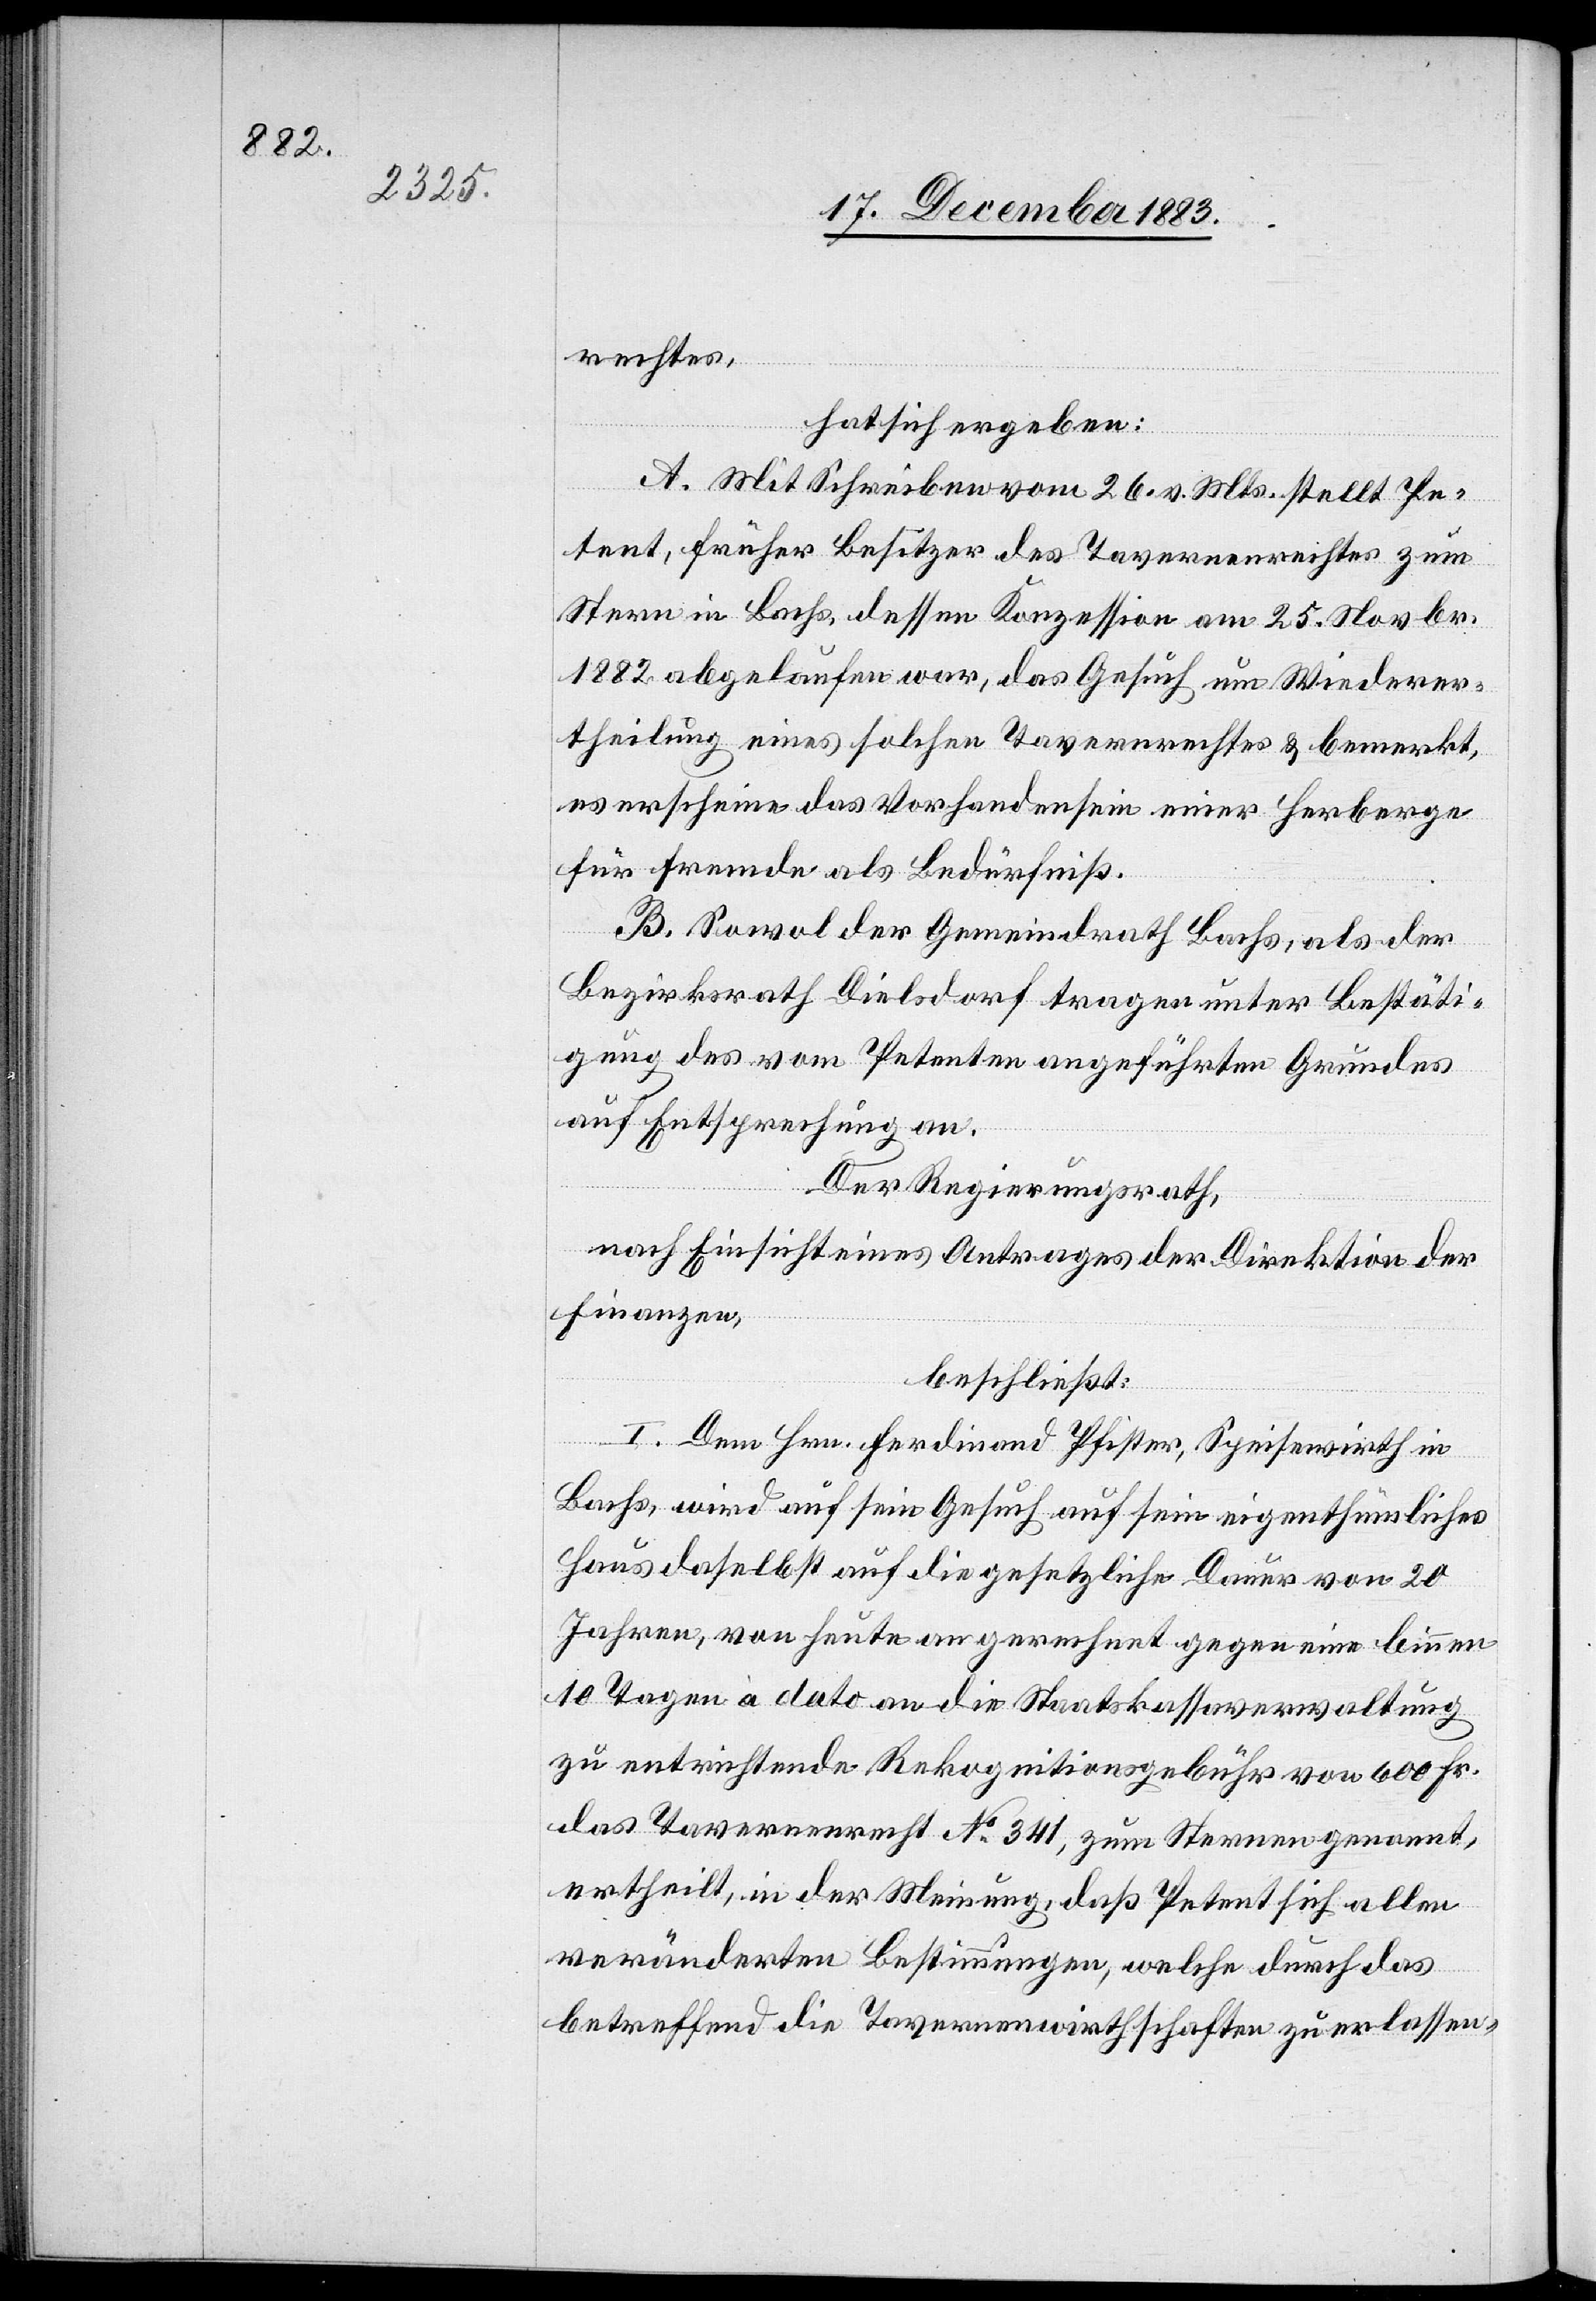
echtes,
hat sich ergeben:
A. Mit Schreiben vom 26. v. Mts. stellt Pe¬
tent, früher Besitzer des Tavernenrechtes zum
Stern in Bachs, dessen Konzession am 25. Novbr.
1882 abgelaufen war, das Gesuch um Wiederer¬
theilung eines solchen Tavernenrechtes & bemerkt,
es erscheine das Vorhandensein einer Herberge
für Fremde als Bedürfniß.
[nen]r¬
B. Sowol der Gemeindrath Bachs, als der
Bezirksrath Dielsdorf tragen unter Bestäti¬
gung des vom Petenten angeführten Grundes
auf Entsprechung an.
Der Regierungsrath,
nach Einsicht eines Antrages der Direktion der
Finanzen,
beschließt:
I. Dem Ferdinand Pfister, Speisewirth in
Bachs, wird auf sein Gesuch auf sein eigenthümliches
Haus daselbst auf die gesetzliche Dauer von 20
Jahren, von heute an gerechnet gegen eine binnen
10 Tagen à dato an die Staatskassaverwaltung
zu entrichtende Rekognitionsgebühr von 600 Fr.
das Tavernenrecht No 341, zum Sternen genannt,
ertheilt, in der Meinung, daß Petent sich allen
veränderten Bestimmungen, welche durch das
betreffend die Tavernenwirthschaften zu erlassen-